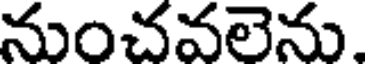
నుంచవలెను.